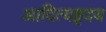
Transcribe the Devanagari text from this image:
आदित्यहृदय